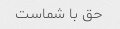
حق با شماست